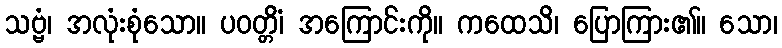
သဗ္ဗံ၊ အလုံးစုံသော။ ပဝတ္တိံ၊ အကြောင်းကို။ ကထေသိ၊ ပြောကြား၏။ သော၊